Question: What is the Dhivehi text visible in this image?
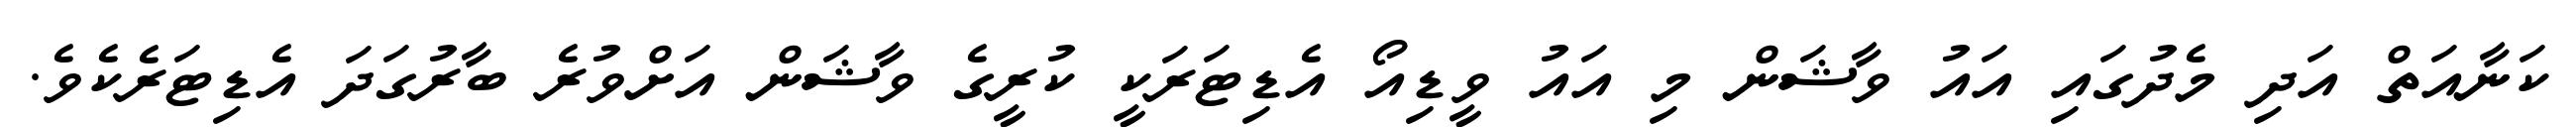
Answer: ކަނާއަތް އަދި މެދުގައި އައު ވާޝަން މި އައު ވީޑިއޯ އެޑިޓަރަކީ ކުރީގެ ވާޝަން އަށްވުރެ ބާރުގަދަ އެޑިޓަރެކެވެ.